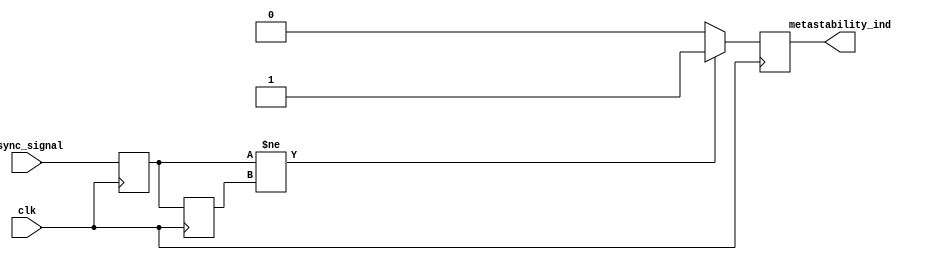
module metastability_detector (
    input wire clk,               // Clock signal
    input wire async_signal,      // Asynchronous input signal to be monitored
    output reg metastability_ind    // Output indicator for metastability detection
);

// Internal signals for latch outputs
reg async_latch1;               // Output of the first latch (L1)
reg async_latch2;               // Output of the second latch (L2)

// Sampling the input signal into the first latch on the clock rising edge
always @(posedge clk) begin
    async_latch1 <= async_signal; // Capture asynchronous signal
end

// Sampling the output of the first latch into the second latch on the next clock edge
always @(posedge clk) begin
    async_latch2 <= async_latch1; // Capture output of L1
end

// Metastability detection logic
always @(posedge clk) begin
    // Indicate metastability if the two latches are in different states
    if (async_latch1 != async_latch2) begin
        metastability_ind <= 1'b1; // Metastability detected
    end else begin
        metastability_ind <= 1'b0; // No metastability
    end
end

endmodule